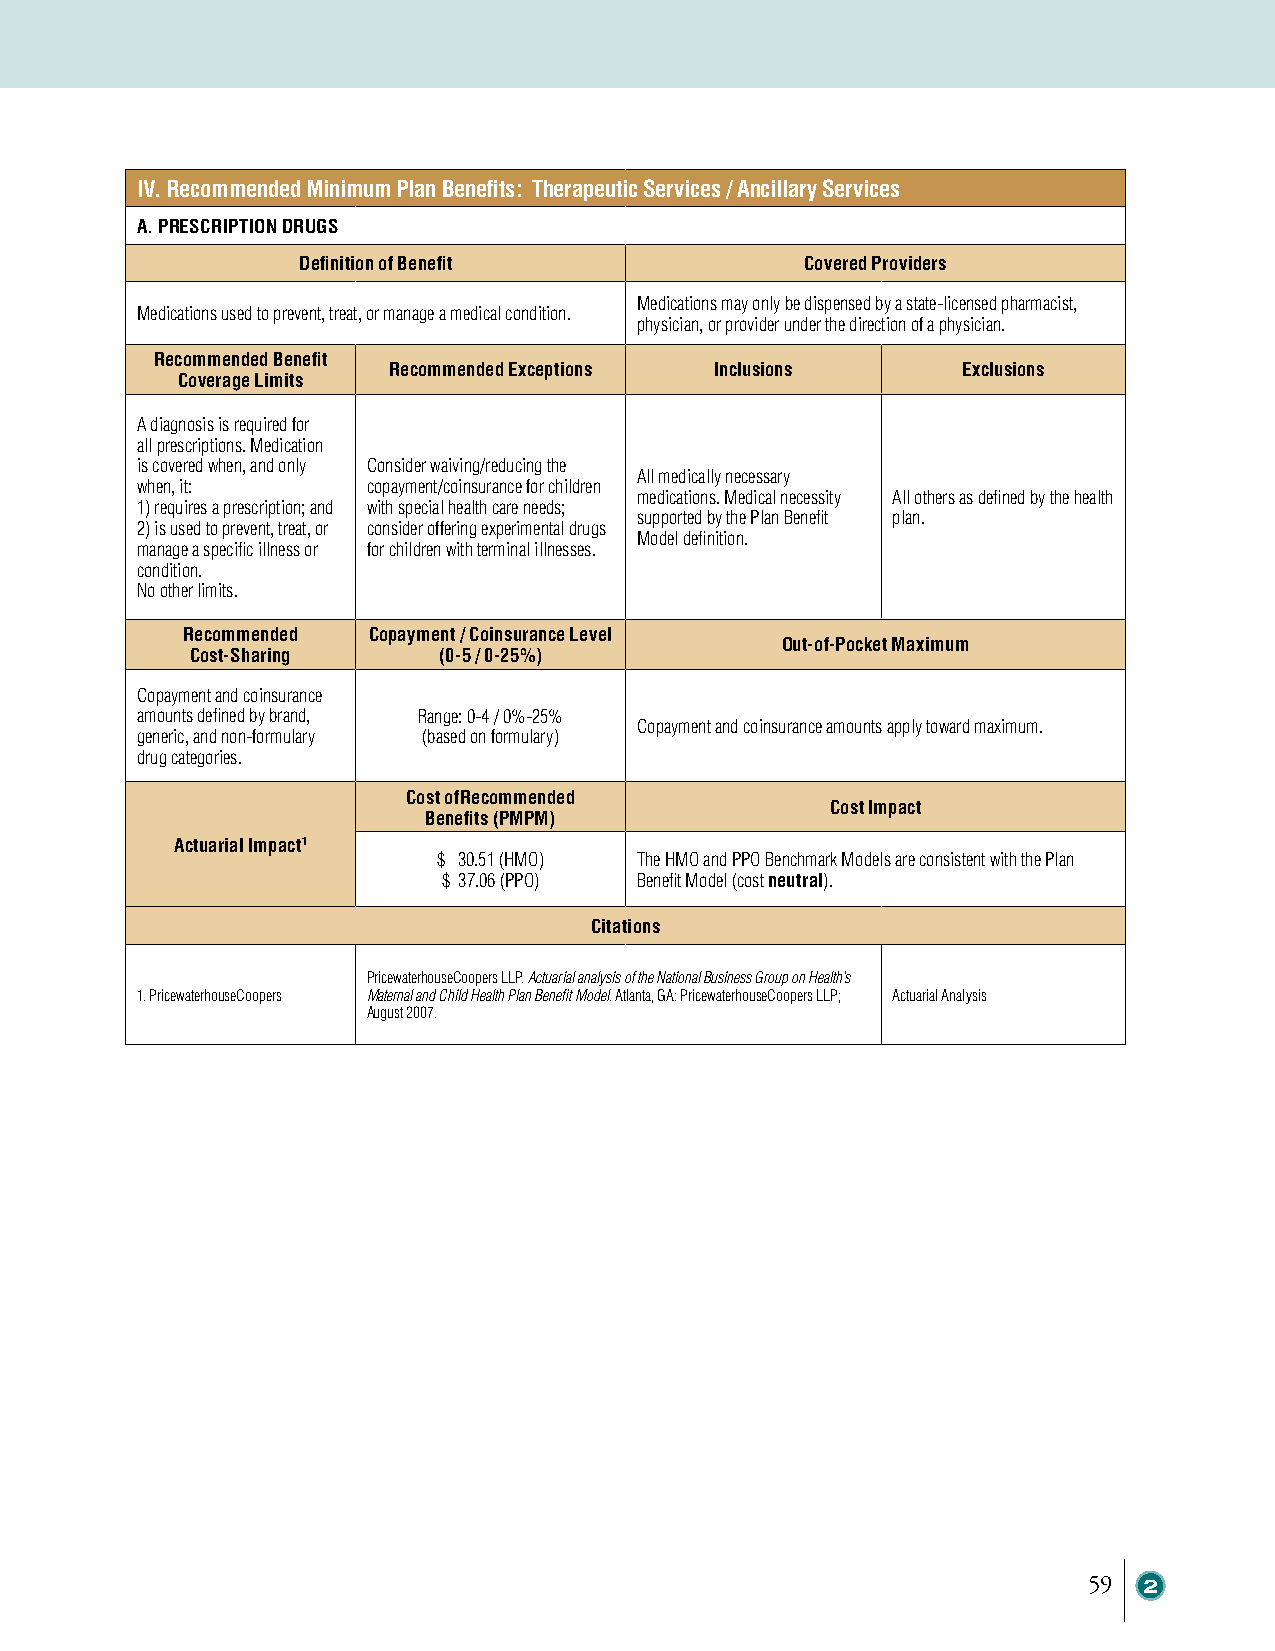
IV. Recommended Minimum Plan Benefits: Therapeutic Services / Ancillary Services
 A. PRESCRIPTION DRUGS
 Definition of Benefit            Covered Providers
 Medications may only be dispensed by a state-licensed pharmacist,
 Medications used to prevent, treat, or manage a medical condition.
 physician, or provider under the direction of a physician.
 Recommended Benefit
 Recommended Exceptions Inclusions     Exclusions
 Coverage Limits
 A diagnosis is required for
 all prescriptions. Medication
 is covered when, and only Consider waiving/reducing the
 All medically necessary
 when, it:      copayment/coinsurance for children
 medications. Medical necessity All others as defined by the health
 1) requires a prescription; and with special health care needs;
 supported by the Plan Benefit plan.
 2) is used to prevent, treat, or consider offering experimental drugs
 Model definition.
 manage a specific illness or for children with terminal illnesses.
 condition.
 No other limits.
 Recommended Copayment / Coinsurance Level
 Out-of-Pocket Maximum
 Cost-Sharing    (0-5 / 0-25%)
 Copayment and coinsurance
 amounts defined by brand, Range: 0-4 / 0%-25%
 Copayment and coinsurance amounts apply toward maximum.
 generic, and non-formulary (based on formulary)
 drug categories.
 Cost ofRecommended
 Cost Impact
 Benefits (PMPM)
 Actuarial Impact1
 $ 30.51 (HMO) The HMO and PPO Benchmark Models are consistent with the Plan
 $ 37.06 (PPO) Benefit Model (cost neutral).
 Citations
 PricewaterhouseCoopers LLP. Actuarial analysis of the National Business Group on Health’s
 1. PricewaterhouseCoopers Maternal and Child Health Plan Benefit Model. Atlanta, GA: PricewaterhouseCoopers LLP; Actuarial Analysis
 August 2007.
 59  2